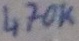
Text: 470K